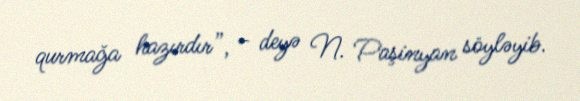
qurmağa hazırdır”, - deyə N. Paşinyan söyləyib.